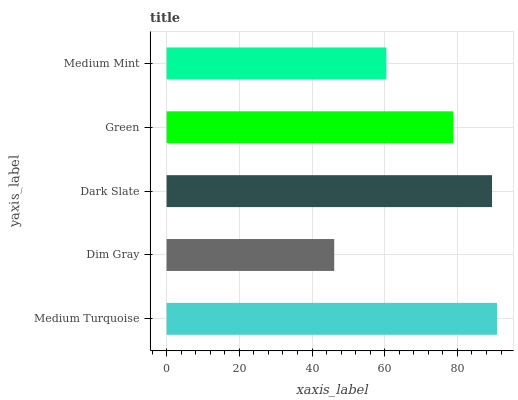
| yaxis_label | bars |
 | --- | --- |
 | Medium Turquoise | 90.9 |
 | Dim Gray | 46.1 |
 | Dark Slate | 89.5 |
 | Green | 78.9 |
 | Medium Mint | 60.4 |